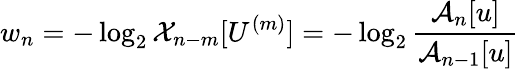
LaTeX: w_{n}=-\log_{2}\mathcal{X}_{n-m}[U^{(m)}]=-\log_{2}\frac{\mathcal{A}_{n}[u]}{\mathcal{A}_{n-1}[u]}